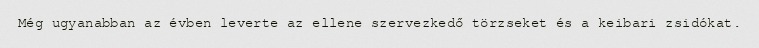
Még ugyanabban az évben leverte az ellene szervezkedő törzseket és a keibari zsidókat.